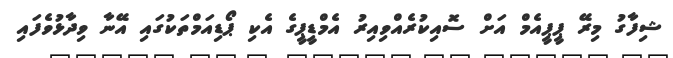
ޝިފާގު މިރޭ ޕީޕީއެމް އަށް ސޮއިކުރެއްވިއިރު އެމްޑީޕީގެ އެކި ޕޯޑިއަމްތަކުގައި އޭނާ ވިދާޅުވެފައި